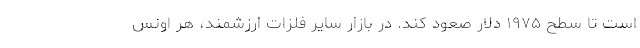
است تا سطح ۱۹۷۵ دلار صعود کند. در بازار سایر فلزات ارزشمند، هر اونس